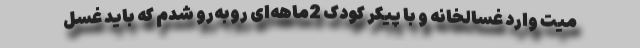
میت وارد غسالخانه و با پیکر کودک 2ماهه‌ای روبه‌رو شدم که باید غسل